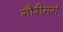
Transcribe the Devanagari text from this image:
गौरीमर्ग